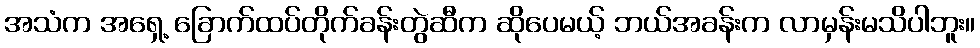
အသံက အရှေ့ ခြောက်ထပ်တိုက်ခန်းတွဲဆီက ဆိုပေမယ့် ဘယ်အခန်းက လာမှန်းမသိပါဘူး။